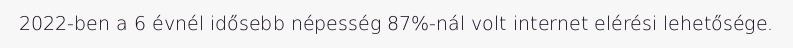
2022-ben a 6 évnél idősebb népesség 87%-nál volt internet elérési lehetősége.